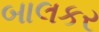
બાલકર